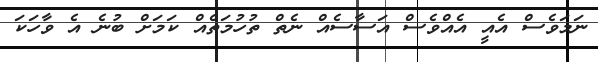
ނަމަވެސް އެއީ އެއްވެސް އަސާސެއް ނެތް ތުހުމަތެއް ކަމަށް ބުނެ އެ ވާހަކަ